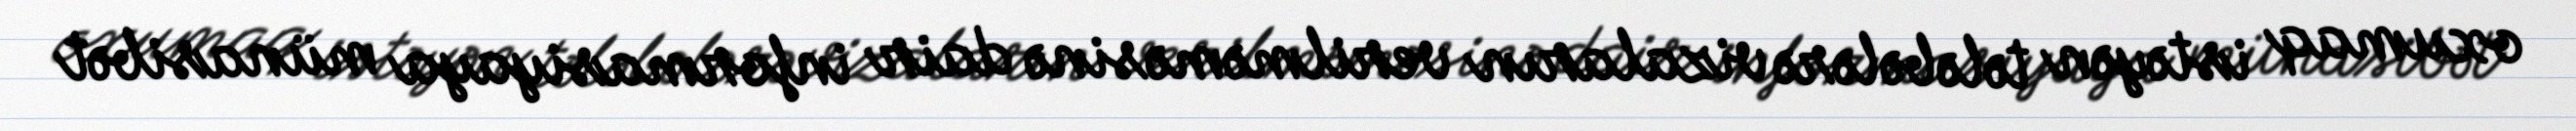
oxumaq istəyən tələbələrə vizaların verilməməsinə dair informasiyaya münasibət